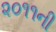
૨૦૧૧ની